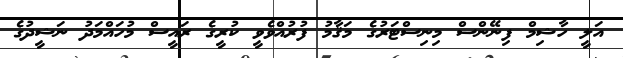
އަލީ ހާޝިމް ފިނޭންސް މިނިސްޓަރުގެ މަޤާމު ފުރުއްވެވީ ކުރީގެ ރައީސް މުހައްމަދު ނަޝީދުގެ